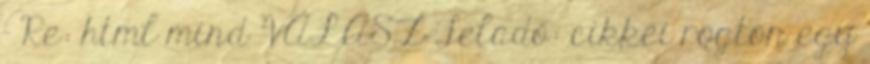
- Re: html mind VÁLASZ Feladó: cikkei rogton egy